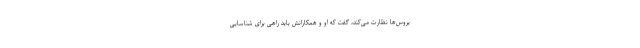
یروس‌ها نظارت می‌کند، گفت که او و همکارانش باید راهی برای شناسایی